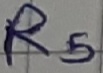
Text: R5